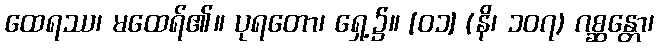
ထေရဿ၊ မထေရ်၏။ ပုရတော၊ ရှေ့၌။ [၀၁] (နိ၊ ၁၀၇) ဂစ္ဆန္တော၊